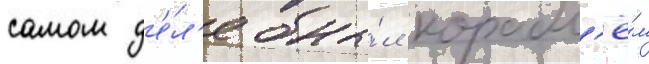
самом д'е́л'е бы́л корабл'ё́м